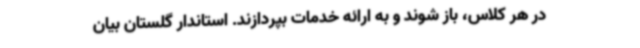
در هر کلاس، باز شوند و به ارائه خدمات بپردازند. استاندار گلستان بیان